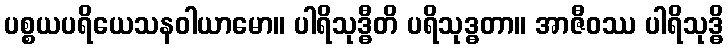
ပစ္စယပရိယေသနဝါယာမော။ ပါရိသုဒ္ဓီတိ ပရိသုဒ္ဓတာ။ အာဇီဝဿ ပါရိသုဒ္ဓိ